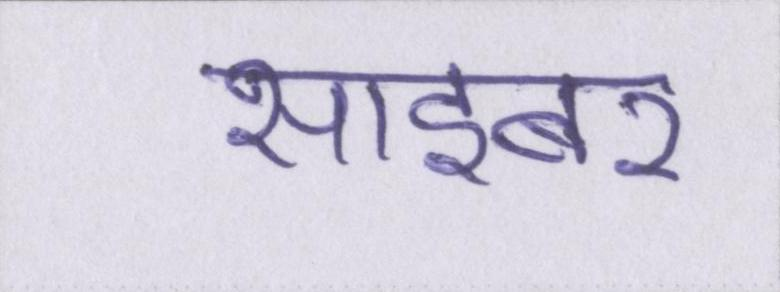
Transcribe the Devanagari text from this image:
साइबर